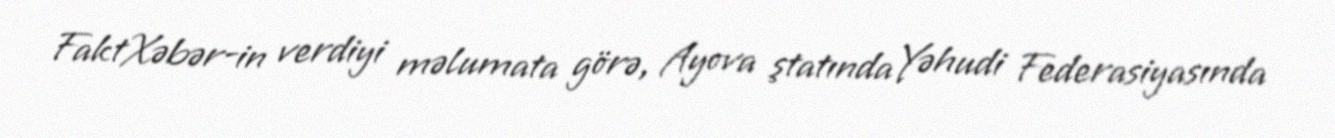
FaktXəbər-in verdiyi məlumata görə, Ayova ştatında Yəhudi Federasiyasında